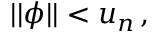
\begin{array} { r } { \vert \vert \phi \vert \vert < u _ { n } \, , } \end{array}